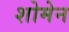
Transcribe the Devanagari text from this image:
शोमेन